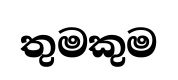
තුමකුම